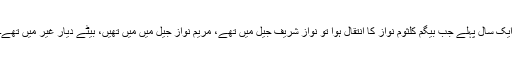
ایک سال پہلے جب بیگم کلثوم نواز کا انتقال ہوا تو نواز شریف جیل میں تھے، مریم نواز جیل میں میں تھیں، بیٹے دیار غیر میں تھے۔